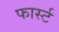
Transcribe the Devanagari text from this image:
फार्स्ट